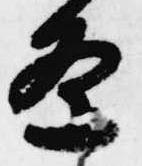
条